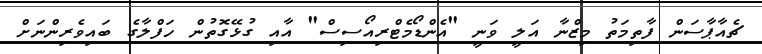
ޗެއާޕާސަން ފާތިމަތު މިޒްނާ އަލީ ވަނީ "އެންޑޯމެޓްރިއޯސިސް" އާއި ގުޅޭގޮތުން ހަފްލާގެ ބައިވެރިންނަށް